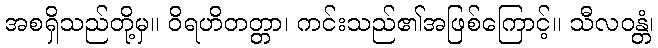
အစရှိသည်တို့မှ။ ဝိရဟိတတ္တာ၊ ကင်းသည်၏အဖြစ်ကြောင့်။ သီလဝန္တံ၊